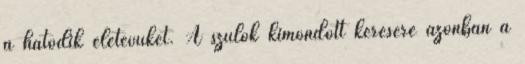
a hatodik életévüket. A szülők kimondott kérésére azonban a